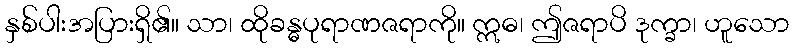
နှစ်ပါးအပြားရှိ၏။ သာ၊ ထိုခန္ဓပုရာဏဇရာကို။ ဣဓ၊ ဤဇရာပိ ဒုက္ခာ၊ ဟူသော